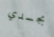
بجسدي